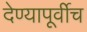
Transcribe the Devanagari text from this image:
देण्यापूर्वीच